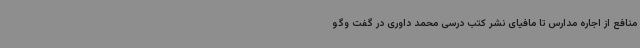
منافع از اجاره مدارس تا مافیای نشر کتب درسی محمد داوری در گفت وگو